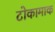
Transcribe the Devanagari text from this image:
टोकामाक